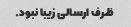
ظرف ارسالی زیبا نبود.